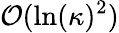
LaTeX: \mathcal{O}(\ln(\kappa)^{2})